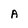
Character: A